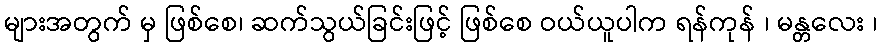
များအတွက် မှ ဖြစ်စေ၊ ဆက်သွယ်ခြင်းဖြင့် ဖြစ်စေ ဝယ်ယူပါက ရန်ကုန် ၊ မန္တလေး ၊